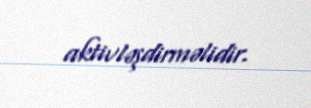
aktivləşdirməlidir.